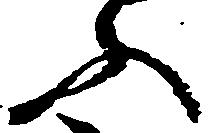
ふ